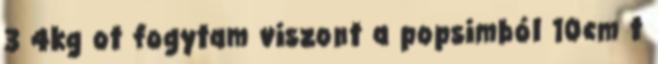
3 4kg ot fogytam viszont a popsimból 10cm t